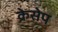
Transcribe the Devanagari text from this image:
क्रेसेप